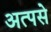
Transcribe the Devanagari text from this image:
अत्पसे